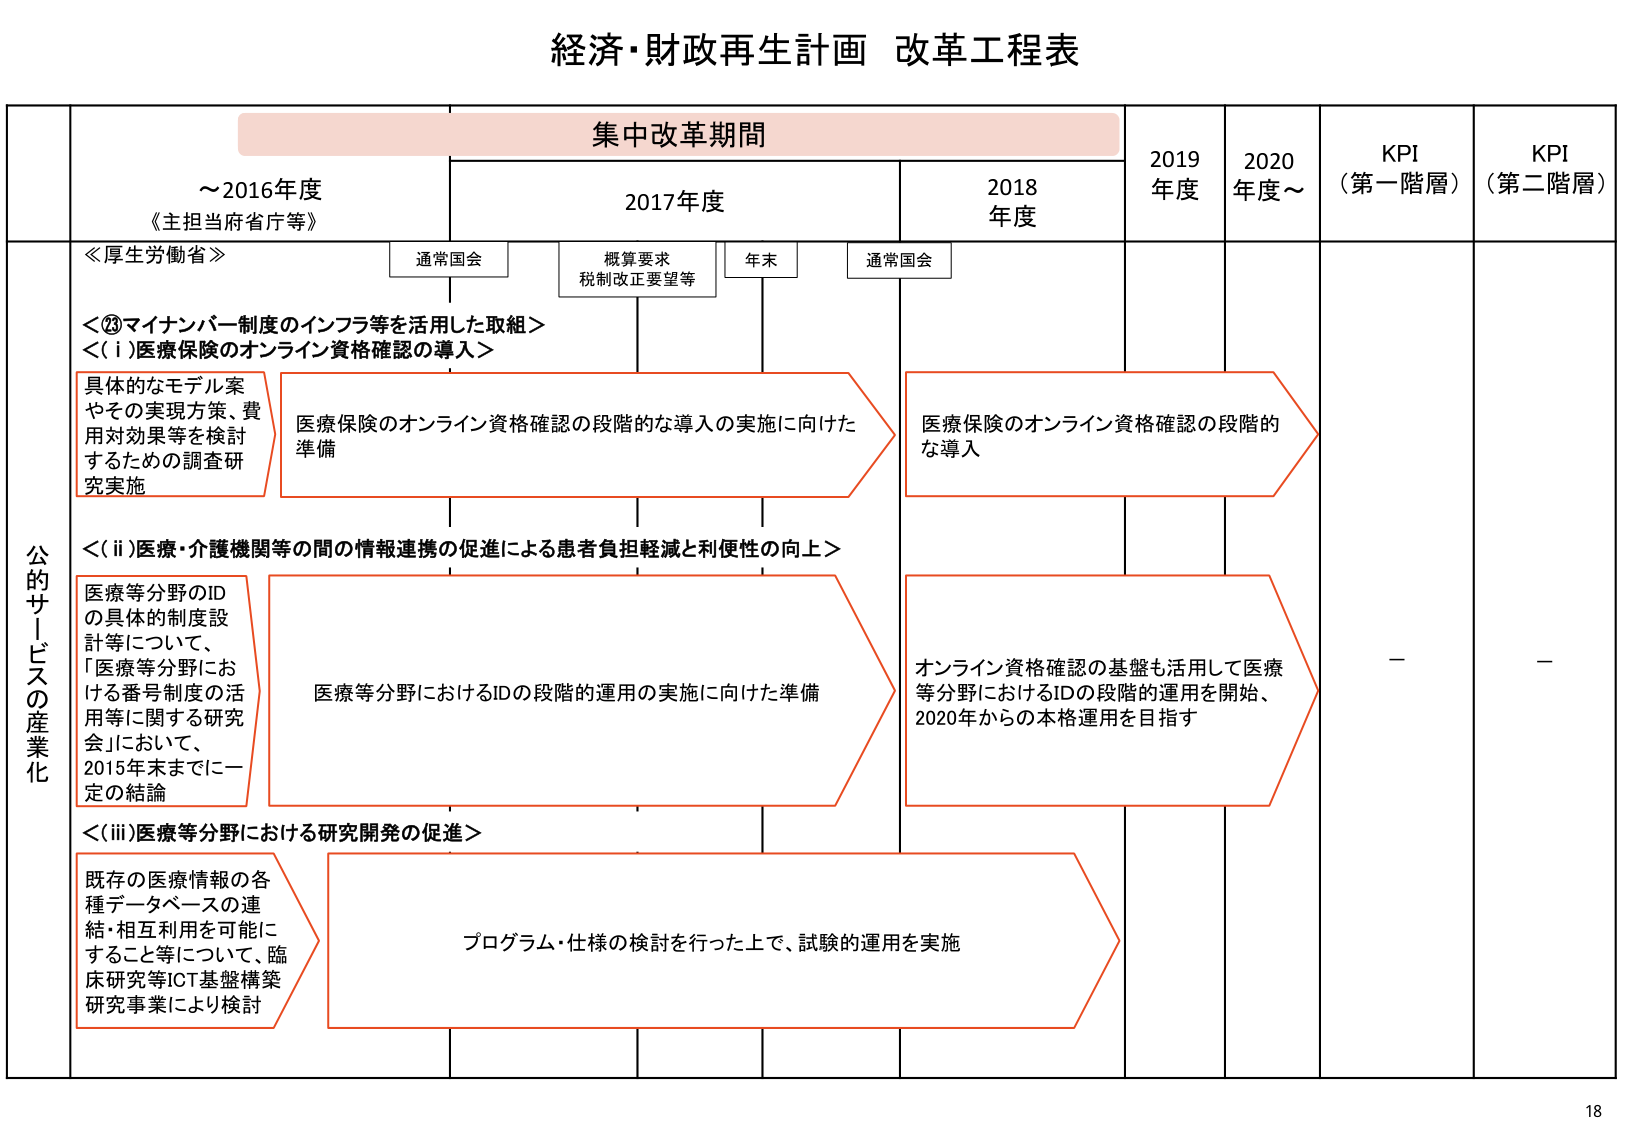
経済・財政再生計画 改革工程表

集中改革期間

～2016年度
《主担当府省庁等》

2017年度

2018年度

2019年度

2020年度～

KPI
（第一階層）

KPI
（第二階層）

通常国会

概算要求
税制改正要望等

年末

通常国会

公的サービスの産業化

≪厚生労働省≫

＜②マイナンバー制度のインフラ等を活用した取組＞
＜(i)医療保険のオンライン資格確認の導入＞

具体的なモデル案
やその実現方策、費用対効果等を検討
するための調査研究実施

医療保険のオンライン資格確認の段階的な導入の実施に向けた
準備

医療保険のオンライン資格確認の段階的
な導入

＜(ii)医療・介護機関等の間の情報連携の促進による患者負担軽減と利便性の向上＞

医療等分野のID
の具体的制度設計等について、
「医療等分野における番号制度の活用等に関する研究会」において、
2015年末までに一定の結論

医療等分野におけるIDの段階的運用の実施に向けた準備

オンライン資格確認の基盤も活用して医療
等分野におけるIDの段階的運用を開始、
2020年からの本格運用を目指す

＜(iii)医療等分野における研究開発の促進＞

既存の医療情報の各種データベースの連結・相互利用を可能に
すること等について、臨床研究等ICT基盤構築研究事業により検討

プログラム・仕様の検討を行った上で、試験的運用を実施

－

－

18